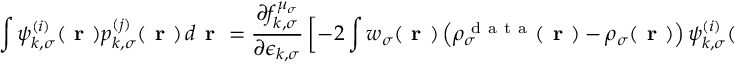
\int \psi _ { k , \sigma } ^ { ( i ) } ( \boldsymbol { \textbf { r } } ) p _ { k , \sigma } ^ { ( j ) } ( \boldsymbol { \textbf { r } } ) \, d \boldsymbol { \textbf { r } } = \frac { \partial f _ { k , \sigma } ^ { \mu _ { \sigma } } } { \partial \epsilon _ { k , \sigma } } \left[ - 2 \int w _ { \sigma } ( \boldsymbol { \textbf { r } } ) \left( \rho _ { \sigma } ^ { \mathrm { ~ d ~ a ~ t ~ a ~ } } ( \boldsymbol { \textbf { r } } ) - \rho _ { \sigma } ( \boldsymbol { \textbf { r } } ) \right) \psi _ { k , \sigma } ^ { ( i ) } ( \boldsymbol { \textbf { r } } ) \psi _ { k , \sigma } ^ { ( j ) } ( \boldsymbol { \textbf { r } } ) \, d \boldsymbol { \textbf { r } } + \eta _ { \sigma } \delta _ { i j } \right] \, .